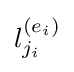
l_{j_{i}}^{(e_{i})}